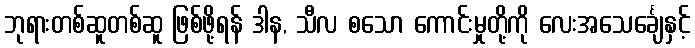
ဘုရားတစ်ဆူတစ်ဆူ ဖြစ်ဖို့ရန် ဒါန, သီလ စသော ကောင်းမှုတို့ကို လေးအသေင်္ချေနှင့်